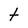
Character: t